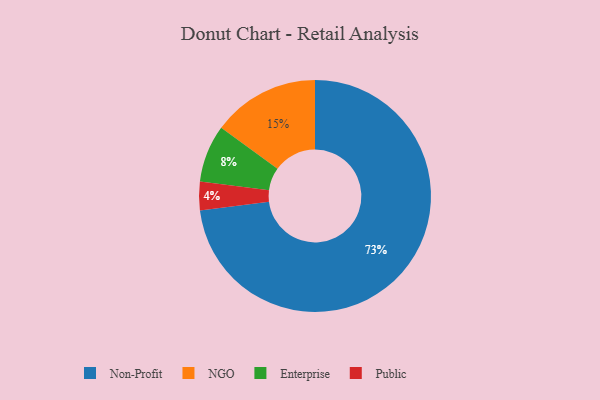
{"axis": {"x": "Category", "y": "Percentage"}, "legend": ["Enterprise", "NGO", "Non-Profit", "Public"], "data": [{"x": "NGO", "y": 15, "type": "NGO"}, {"x": "Public", "y": 4, "type": "Public"}, {"x": "Non-Profit", "y": 73, "type": "Non-Profit"}, {"x": "Enterprise", "y": 8, "type": "Enterprise"}]}